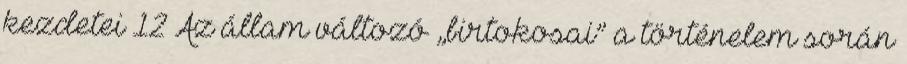
kezdetei 12 Az állam változó „birtokosai” a történelem során